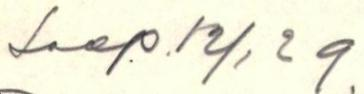
Saap. 12/1 29.